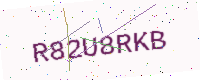
Text: R82U8RKB